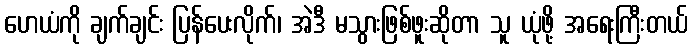
ဟေယံကို ချက်ချင်း ပြန်ပေးလိုက်၊ အဲဒီ မသွားဖြစ်ဖူးဆိုတာ သူ ယုံဖို့ အရေးကြီးတယ်